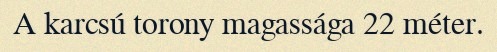
A karcsú torony magassága 22 méter.